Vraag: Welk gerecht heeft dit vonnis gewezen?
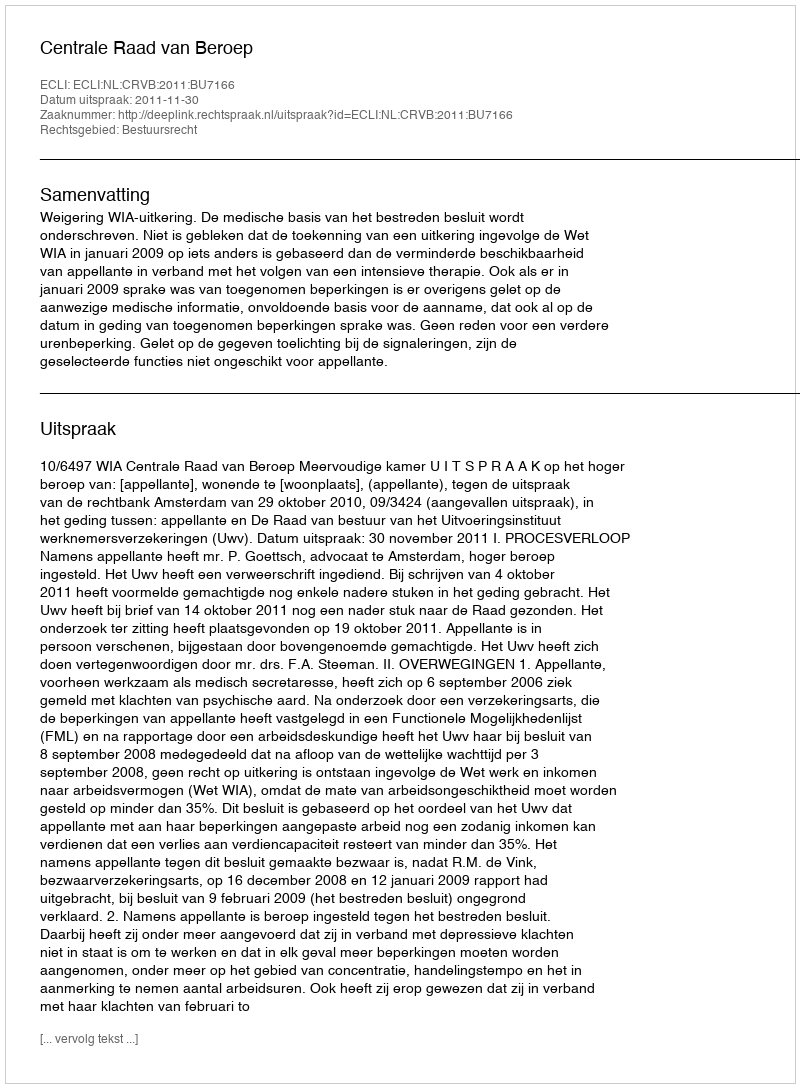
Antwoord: Centrale Raad van Beroep